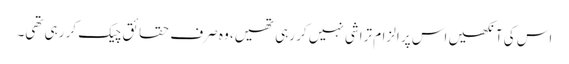
اس کی آنکھیں اس پر الزام تراشی نہیں کر رہی تھیں، وہ صرف حقائق چیک کر رہی تھی۔